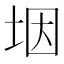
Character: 㘻